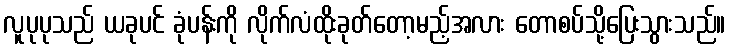
လူပုပုသည် ယခုပင် ခုံပန်းကို လိုက်လံထိုးခုတ်တော့မည့်အလား တောစပ်သို့ပြေးသွားသည်။